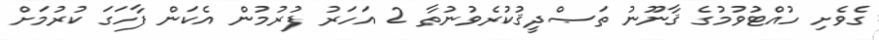
ގެވެށި ހުއްޓުވުމުގެ ޤާނޫނު ތަޞްދީޤުކުރެވުނުތާ 2 އަހަރު ފުރުމުން އެކަން ފާހަގަ ކުރުމަށް